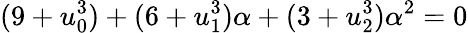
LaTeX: (9+u_{0}^{3})+(6+u_{1}^{3})\alpha+(3+u_{2}^{3})\alpha^{2}=0